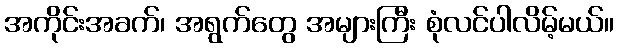
အကိုင်းအခက်၊ အရွက်တွေ အများကြီး စုံလင်ပါလိမ့်မယ်။